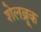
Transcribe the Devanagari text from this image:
शेलब्रूक